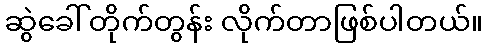
ဆွဲခေါ်တိုက်တွန်း လိုက်တာဖြစ်ပါတယ်။